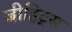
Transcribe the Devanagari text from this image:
जीहिट्स